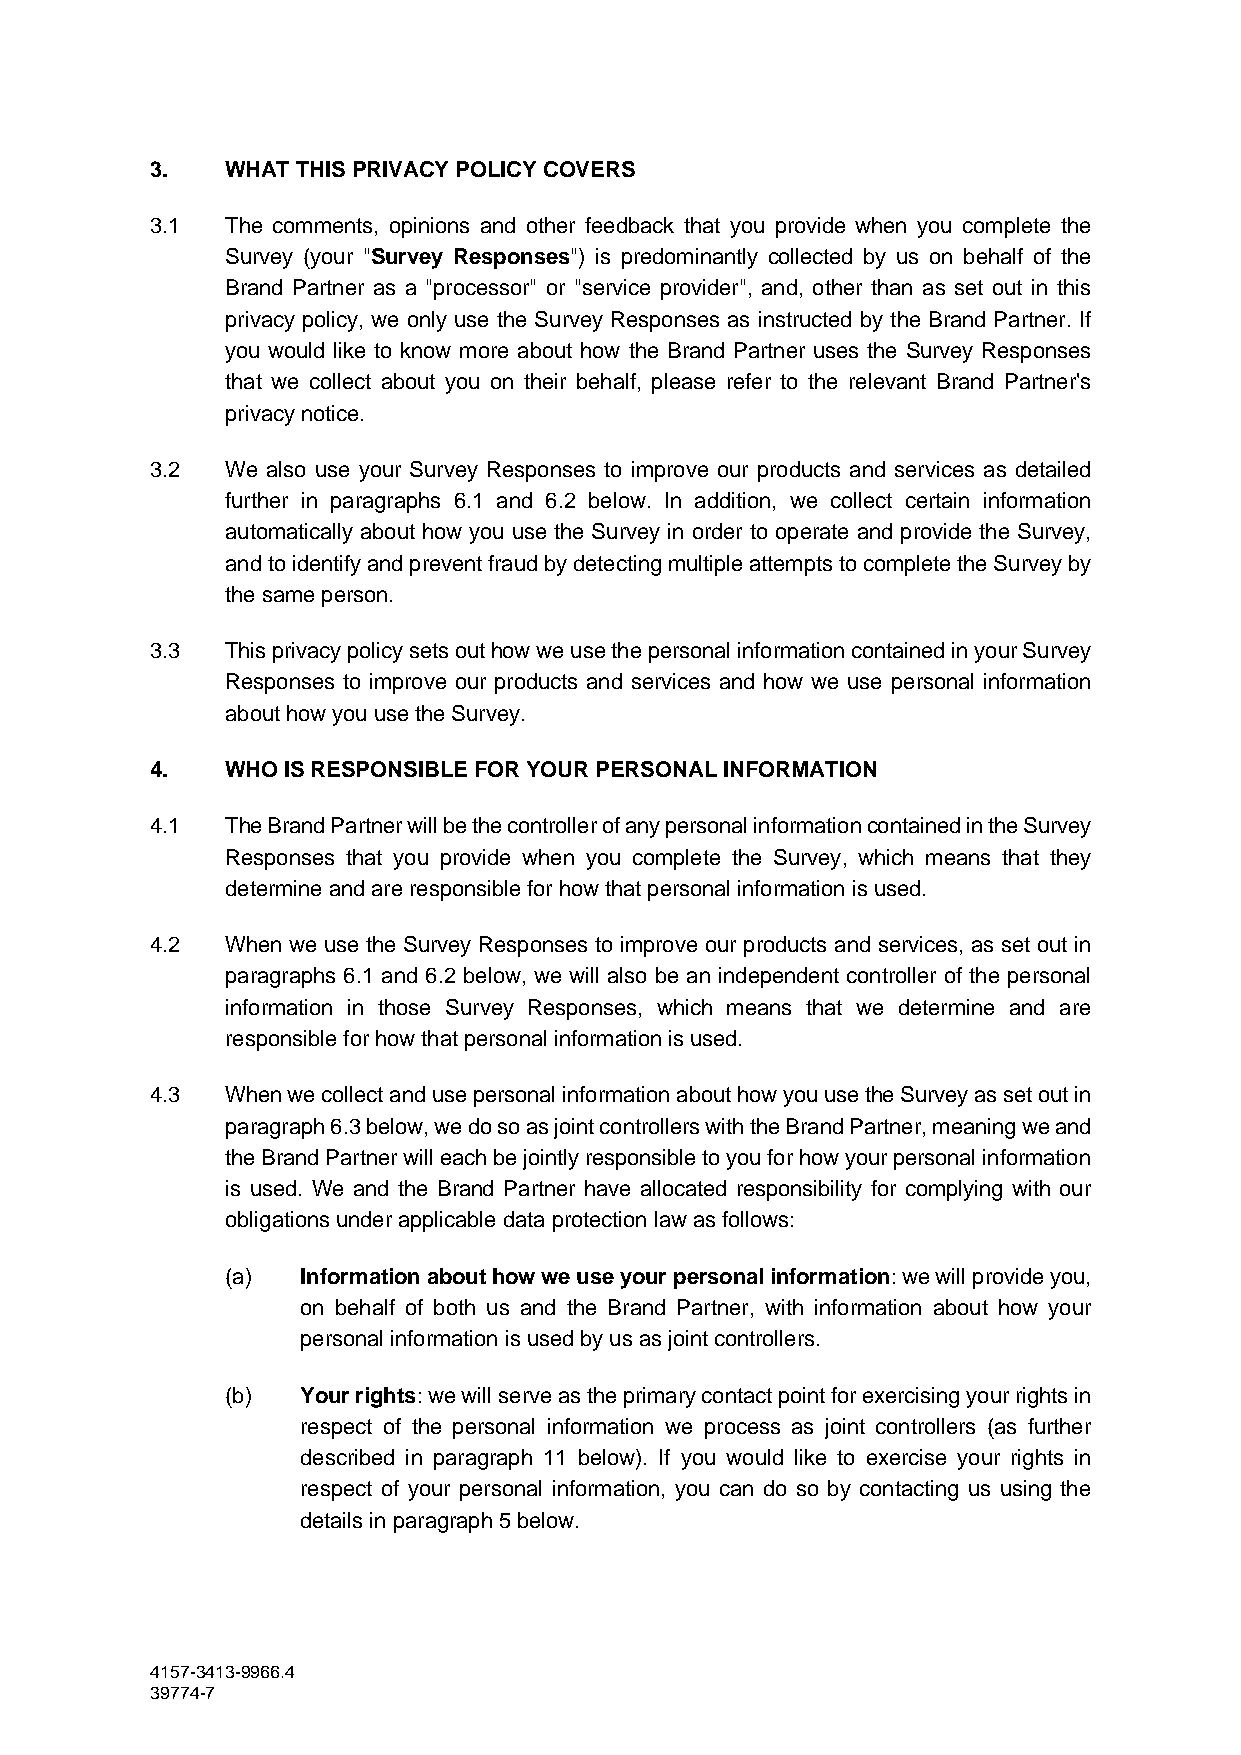
3.   WHAT THIS PRIVACY POLICY COVERS
 3.1  The comments, opinions and other feedback that you provide when you complete the
 Survey (your "Survey Responses") is predominantly collected by us on behalf of the
 Brand Partner as a "processor" or "service provider", and, other than as set out in this
 privacy policy, we only use the Survey Responses as instructed by the Brand Partner. If
 you would like to know more about how the Brand Partner uses the Survey Responses
 that we collect about you on their behalf, please refer to the relevant Brand Partner's
 privacy notice.
 3.2  We also use your Survey Responses to improve our products and services as detailed
 further in paragraphs 6.1 and 6.2 below. In addition, we collect certain information
 automatically about how you use the Survey in order to operate and provide the Survey,
 and to identify and prevent fraud by detecting multiple attempts to complete the Survey by
 the same person.
 3.3  This privacy policy sets out how we use the personal information contained in your Survey
 Responses to improve our products and services and how we use personal information
 about how you use the Survey.
 4.   WHO IS RESPONSIBLE FOR YOUR PERSONAL INFORMATION
 4.1  The Brand Partner will be the controller of any personal information contained in the Survey
 Responses that you provide when you complete the Survey, which means that they
 determine and are responsible for how that personal information is used.
 4.2  When we use the Survey Responses to improve our products and services, as set out in
 paragraphs 6.1 and 6.2 below, we will also be an independent controller of the personal
 information in those Survey Responses, which means that we determine and are
 responsible for how that personal information is used.
 4.3  When we collect and use personal information about how you use the Survey as set out in
 paragraph 6.3 below, we do so as joint controllers with the Brand Partner, meaning we and
 the Brand Partner will each be jointly responsible to you for how your personal information
 is used. We and the Brand Partner have allocated responsibility for complying with our
 obligations under applicable data protection law as follows:
 (a)  Information about how we use your personal information: we will provide you,
 on behalf of both us and the Brand Partner, with information about how your
 personal information is used by us as joint controllers.
 (b)  Your rights: we will serve as the primary contact point for exercising your rights in
 respect of the personal information we process as joint controllers (as further
 described in paragraph 11 below). If you would like to exercise your rights in
 respect of your personal information, you can do so by contacting us using the
 details in paragraph 5 below.
 4157-3413-9966.4
 39774-7